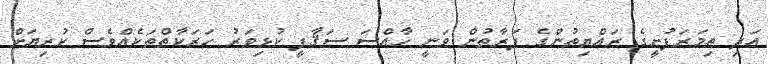
އަދި ތިމަރަފުށީގެ ރައްޔިތުންގެ ފަރާތުން ވަނީ ހާއްސަ ސަޤާފީ ކުޅިވަރު ހަރަކާތްތަކެއްވެސް ކުރިޔަށް